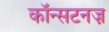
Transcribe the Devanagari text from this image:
कॉन्सटनज़